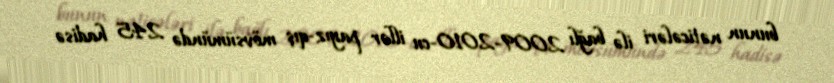
bunun nəticələri ilə bağlı 2009-2010-cu illər payız-qış mövsümündə 245 hadisə